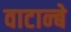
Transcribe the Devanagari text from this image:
वाटान्बे